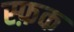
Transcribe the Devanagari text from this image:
स्फ़क